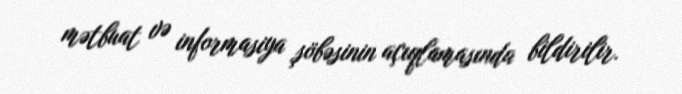
mətbuat və informasiya şöbəsinin açıqlamasında bildirilir.